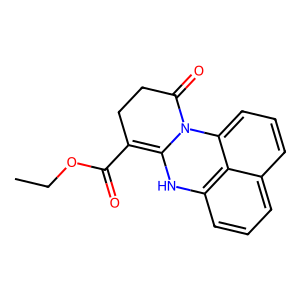
SMILES: CCOC(=O)C1=C2Nc3cccc4cccc(c34)N2C(=O)CC1
Inhibits HIV replication: No